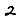
Digit: 2